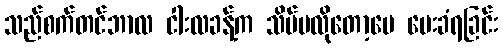
သည်စက်တင်ဘာလ ငါးလခန့်က သိပ်မလိုတော့ပေ ပေးခံရခြင်း